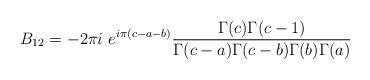
LaTeX: \begin{align*}B_{12} = -2\pi i~e^{i\pi(c-a-b)}\frac{\Gamma(c)\Gamma(c-1)}{\Gamma(c-a)\Gamma(c-b)\Gamma(b)\Gamma(a)}\end{align*}